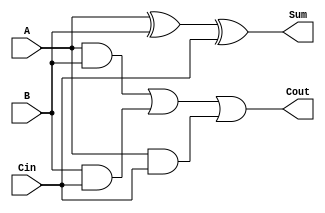
module FullAdder (
    input wire A,       // One bit input A
    input wire B,       // One bit input B
    input wire Cin,     // One bit carry-in
    output wire Sum,    // One bit output Sum
    output wire Cout    // One bit output Carry-out
);

// Behavioral description of the full adder
assign Sum = A ^ B ^ Cin;                             // Sum = A XOR B XOR Cin
assign Cout = (A & B) | (B & Cin) | (A & Cin);      // Cout = (A AND B) OR (B AND Cin) OR (A AND Cin)

endmodule